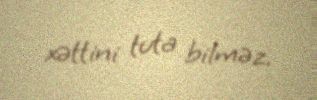
xəttini tuta bilməz.